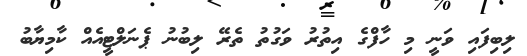
ލިބިފައި ވަނީ މި ހާފްގެ އިތުރު ވަގުތު ތެރޭ ލިބުނު ޕެނަލްޓީއެއް ކާމިޔާބު